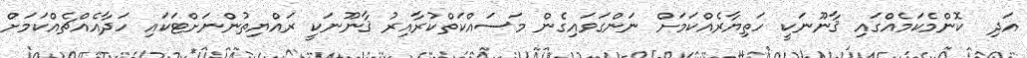
އަދި  ކޮންމެކަމެއްގައި ޤާނޫނަކީ ހަތިޔާރެއްކަމަށް ނަންގަވައިގެން މަސައްކަތްކުރާއިރު ޤާނޫނަކީ ރައްޔިތުންނަށްޓަކައި ހަދާއެއްޗެއްކަމަށް